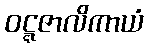
ဝဋ္ဋဇာလိကာယံ